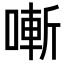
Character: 𠼗